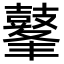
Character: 𪔞